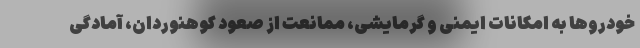
خودروها به امکانات ایمنی و گرمایشی، ممانعت از صعود کوهنوردان، آمادگی